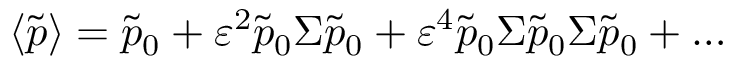
\langle \tilde { p } \rangle = \tilde { p } _ { 0 } + \varepsilon ^ { 2 } \tilde { p } _ { 0 } \Sigma \tilde { p } _ { 0 } + \varepsilon ^ { 4 } \tilde { p } _ { 0 } \Sigma \tilde { p } _ { 0 } \Sigma \tilde { p } _ { 0 } + \dots